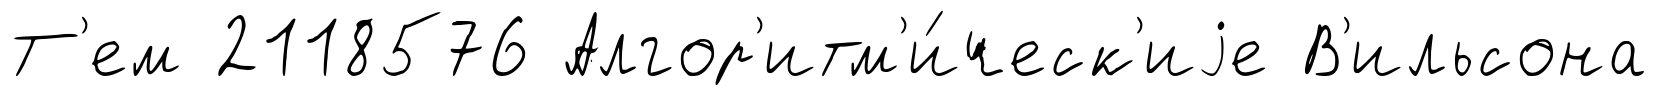
Т'ем 2118576 Алгор'итм'и́ческ'иjе В'ильсона